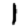
Digit: 1